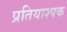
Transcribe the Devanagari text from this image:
प्रतियाश्पक